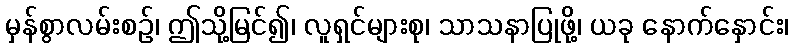
မှန်စွာလမ်းစဉ်၊ ဤသို့မြင်၍၊ လူရှင်များစု၊ သာသနာပြုဖို့၊ ယခု နောက်နှောင်း၊